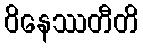
ဝိနေဿတီတိ